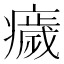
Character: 𤻀